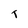
Character: T